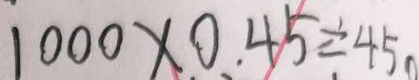
1 0 0 0 \times 0 . 4 5 \div 4 5